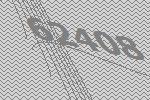
62408